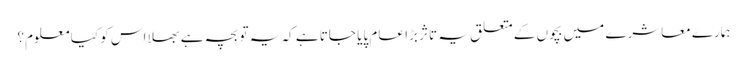
ہمارے معاشرے میں بچوں کے متعلق یہ تاثر بڑا عام پایا جاتا ہے کہ یہ تو بچہ ہے بھلا اس کو کیا معلوم؟